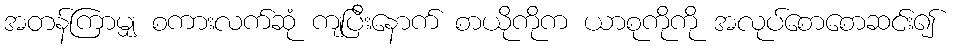
အတန်ကြာမျှ စကားလက်ဆုံ ကျပြီးနောက် စာယိုကိုက ယာစုကိုကို အလုပ်စောစောဆင်း၍